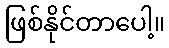
ဖြစ်နိုင်တာပေါ့။